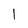
Character: l